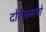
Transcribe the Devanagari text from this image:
दोरीप्रमाणे